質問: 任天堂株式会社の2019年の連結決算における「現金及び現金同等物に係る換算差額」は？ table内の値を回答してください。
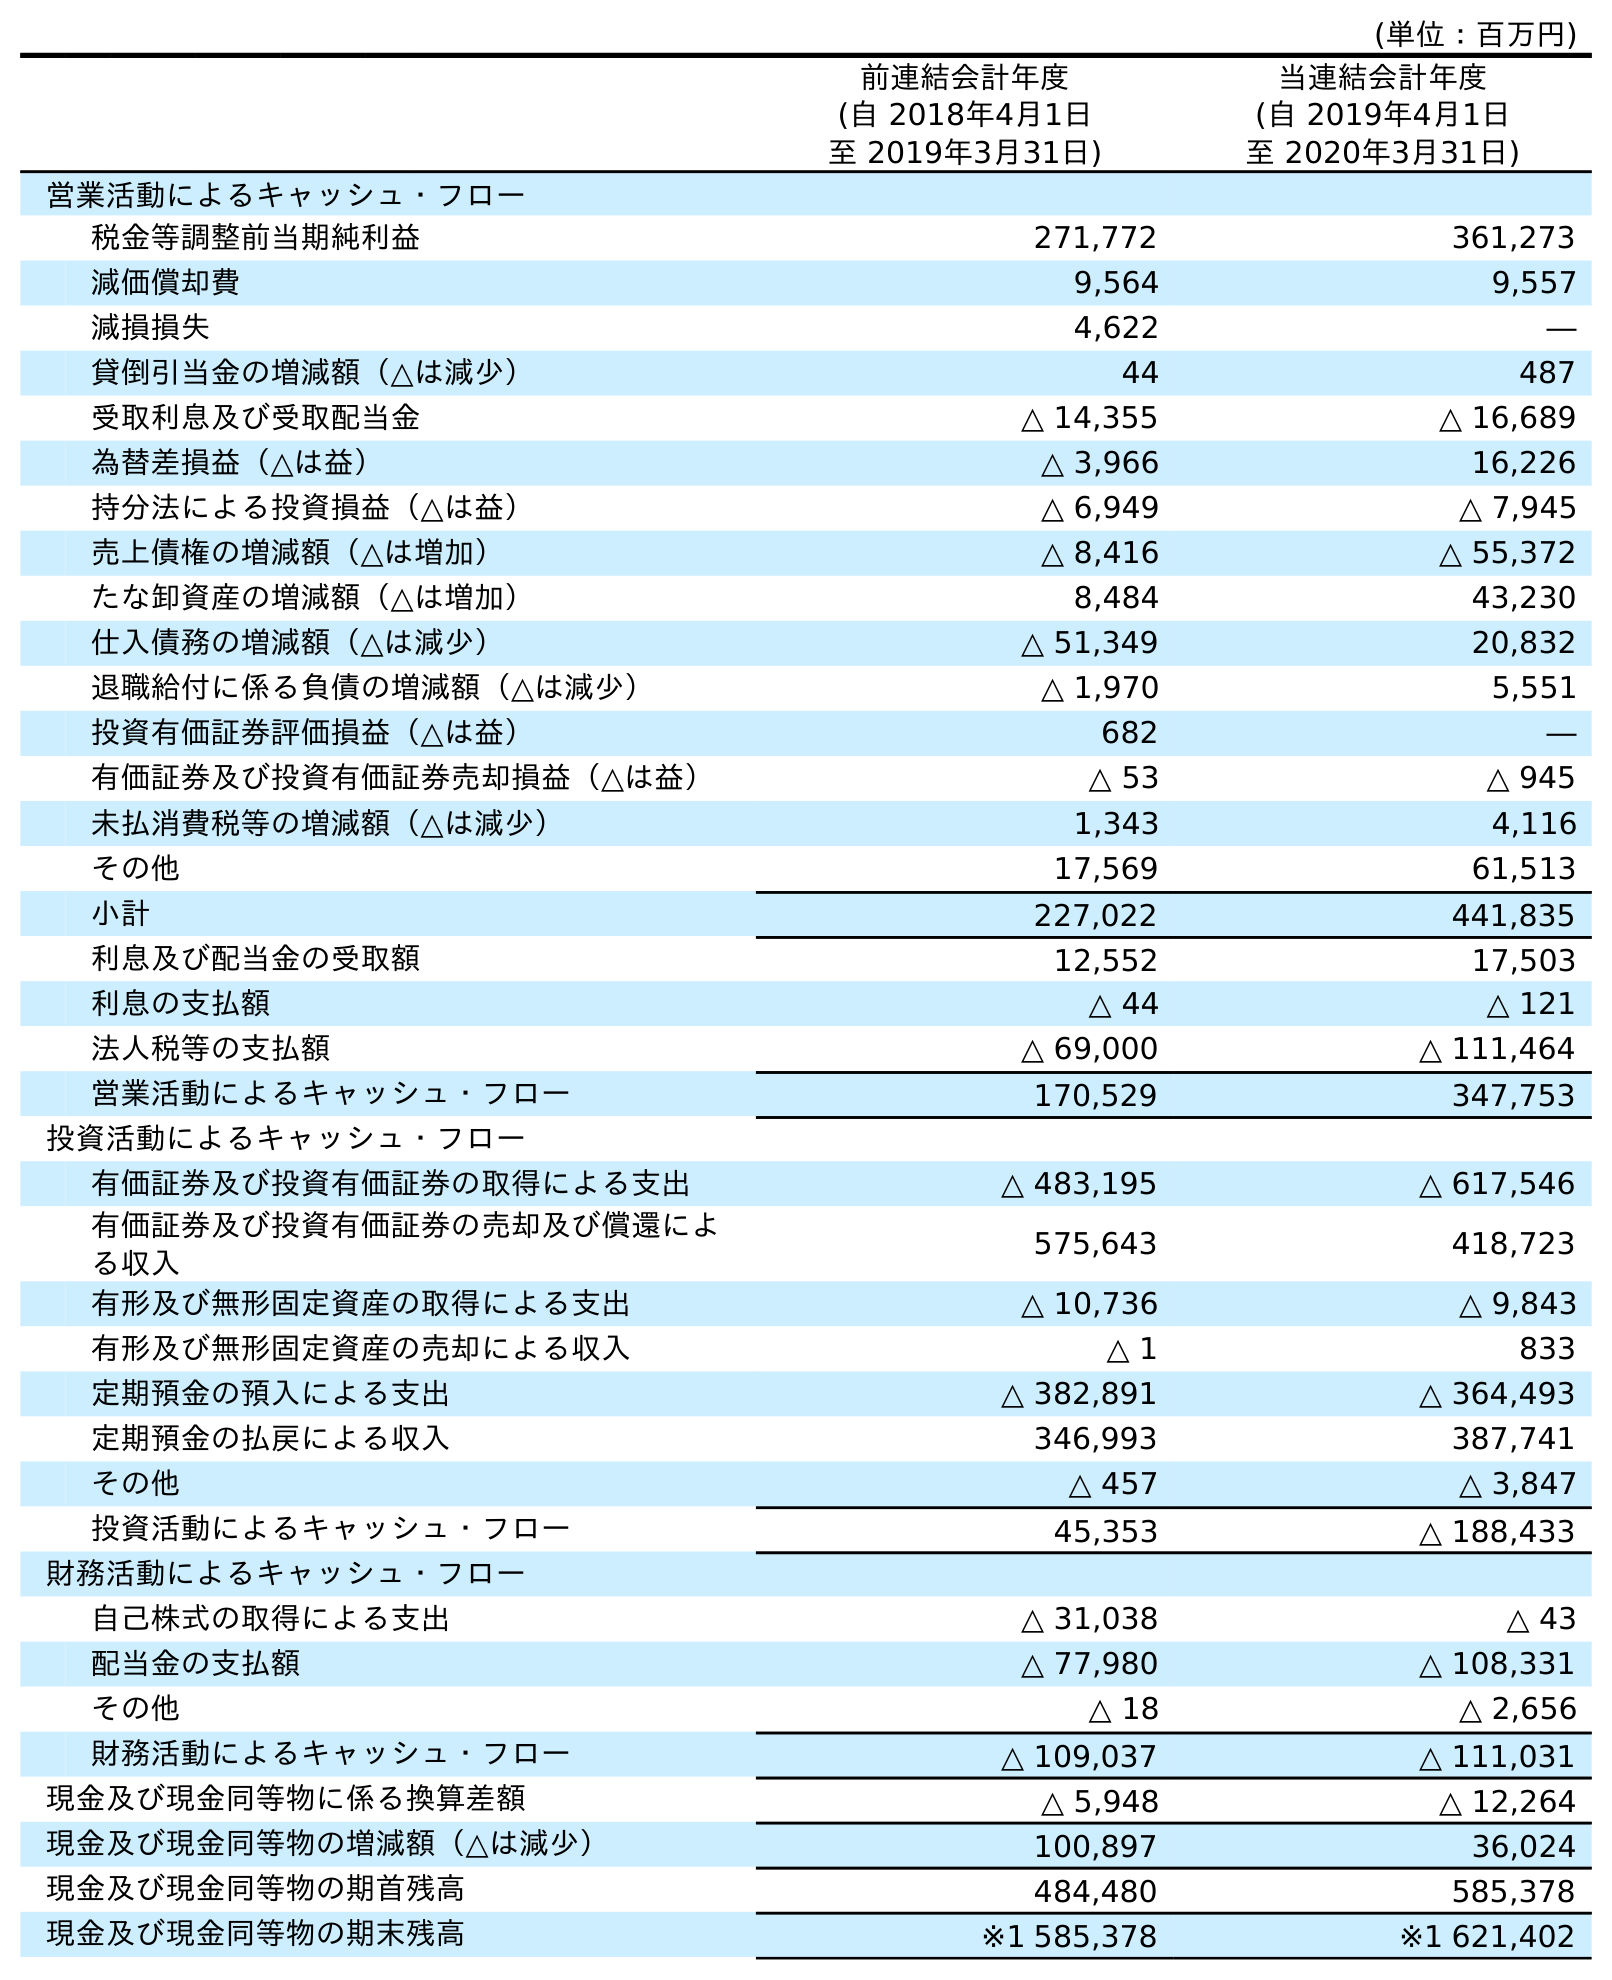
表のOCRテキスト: (単位：百万円) 前連結会計年度 (自 2018年4月1日 至 2019年3月31日) 当連結会計年度 (自 2019年4月1日 至 2020年3月31日) 営業活動によるキャッシュ・フロー 税金等調整前当期純利益 271,772 361,273 減価償却費 9,564 9,557 減損損失 4,622 ― 貸倒引当金の増減額（△は減少） 44 487 受取利息及び受取配当金 △ 14,355 △ 16,689 為替差損益（△は益） △ 3,966 16,226 持分法による投資損益（△は益） △ 6,949 △ 7,945 売上債権の増減額（△は増加） △ 8,416 △ 55,372 たな卸資産の増減額（△は増加） 8,484 43,230 仕入債務の増減額（△は減少） △ 51,349 20,832 退職給付に係る負債の増減額（△は減少） △ 1,970 5,551 投資有価証券評価損益（△は益） 682 ― 有価証券及び投資有価証券売却損益（△は益） △ 53 △ 945 未払消費税等の増減額（△は減少） 1,343 4,116 その他 17,569 61,513 小計 227,022 441,835 利息及び配当金の受取額 12,552 17,503 利息の支払額 △ 44 △ 121 法人税等の支払額 △ 69,000 △ 111,464 営業活動によるキャッシュ・フロー 170,529 347,753 投資活動によるキャッシュ・フロー 有価証券及び投資有価証券の取得による支出 △ 483,195 △ 617,546 有価証券及び投資有価証券の売却及び償還によ る収入 575,643 418,723 有形及び無形固定資産の取得による支出 △ 10,736 △ 9,843 有形及び無形固定資産の売却による収入 △ 1 833 定期預金の預入による支出 △ 382,891 △ 364,493 定期預金の払戻による収入 346,993 387,741 その他 △ 457 △ 3,847 投資活動によるキャッシュ・フロー 45,353 △ 188,433 財務活動によるキャッシュ・フロー 自己株式の取得による支出 △ 31,038 △ 43 配当金の支払額 △ 77,980 △ 108,331 その他 △ 18 △ 2,656 財務活動によるキャッシュ・フロー △ 109,037 △ 111,031 現金及び現金同等物に係る換算差額 △ 5,948 △ 12,264 現金及び現金同等物の増減額（△は減少） 100,897 36,024 現金及び現金同等物の期首残高 484,480 585,378 現金及び現金同等物の期末残高 ※1 585,378 ※1 621,402
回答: △5,948